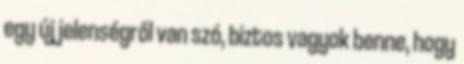
egy új jelenségről van szó, biztos vagyok benne, hogy